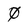
Character: 0